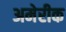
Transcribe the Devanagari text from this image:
अमेरीक